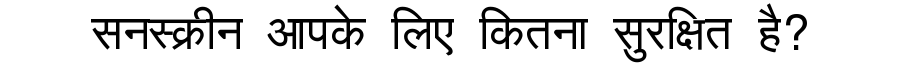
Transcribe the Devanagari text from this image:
सनस्क्रीन आपके लिए कितना सुरक्षित है?